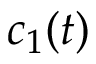
c _ { 1 } ( t )